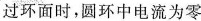
过环面时，圆环中电流为零